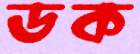
ডক